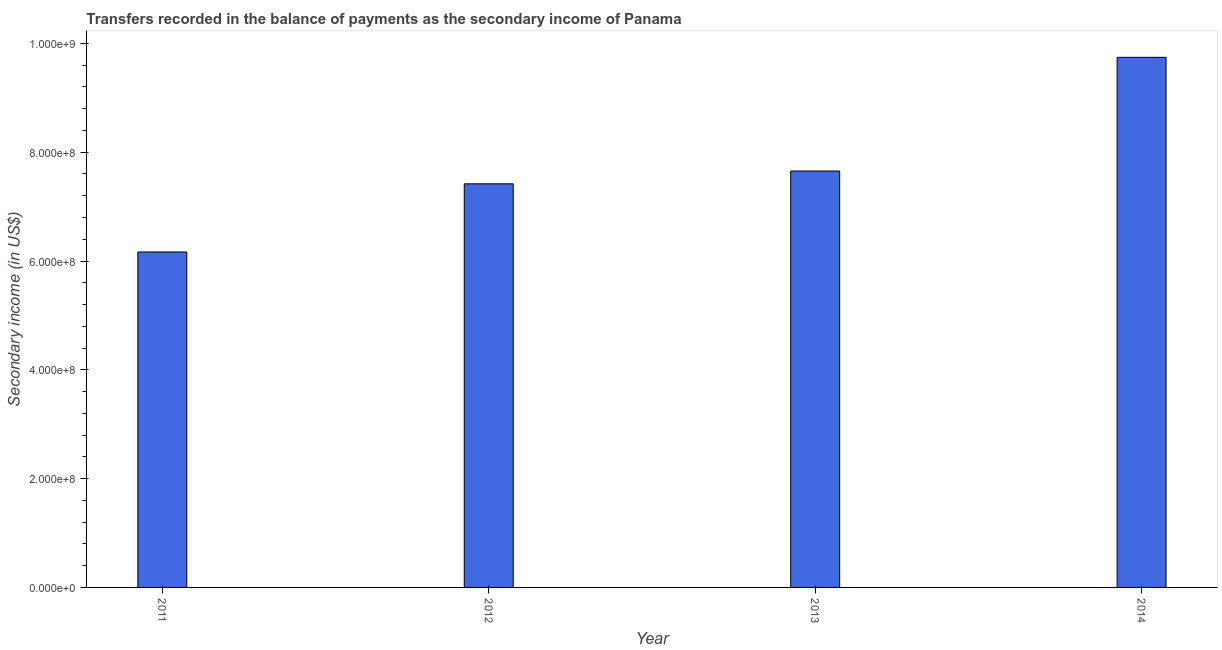
| Year | Secondary income |
 | --- | --- |
 | 2011 | 6.17e+08 |
 | 2012 | 7.42e+08 |
 | 2013 | 7.65e+08 |
 | 2014 | 9.74e+08 |